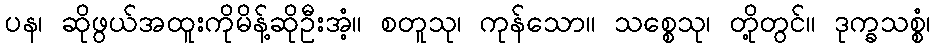
ပန၊ ဆိုဖွယ်အထူးကိုမိန့်ဆိုဦးအံ့။ စတူသု၊ ကုန်သော။ သစ္စေသု၊ တို့တွင်။ ဒုက္ခသစ္စံ၊